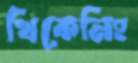
থিকেনিং